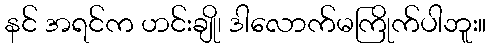
နင် အရင်က ဟင်းချို၊ ဒါလောက်မကြိုက်ပါဘူး။